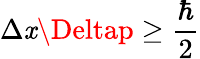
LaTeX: \Delta\mathit{x}\Deltap\geq{\frac{{\hbar}}{{2}}}